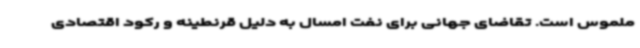
ملموس است. تقاضای جهانی برای نفت امسال به دلیل قرنطینه و رکود اقتصادی